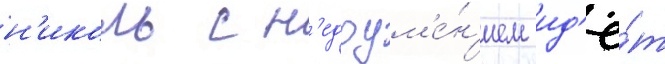
н'иколь с н'едоум'е́н'ием ид'ё́т